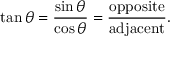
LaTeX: \tan \theta = { \frac { \sin \theta } { \cos \theta } } = { \frac { \mathrm { o p p o s i t e } } { \mathrm { a d j a c e n t } } } .